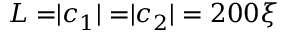
L = \rvert \boldsymbol c _ { 1 } \rvert = \rvert \boldsymbol c _ { 2 } \rvert = 2 0 0 \xi